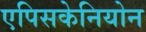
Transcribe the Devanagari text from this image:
एपिसकेनियोन